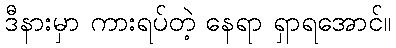
ဒီနားမှာ ကားရပ်တဲ့ နေရာ ရှာရအောင်။